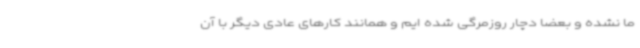
ما نشده و بعضا دچار روزمرگی شده ایم و همانند کارهای عادی دیگر با آن